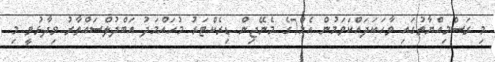
މި ރަސްމިއްޔާތުގައި ވާހަކަދައްކަވަމުން އެމް7ގެ މެނޭޖިން ޑިރެކްޓަރު މުހައްމަދު އަބްދުލްސައްތާރު ވިދާޅުވީ މި